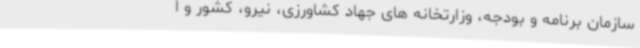
سازمان برنامه و بودجه، وزارتخانه های جهاد کشاورزی، نیرو، کشور و ا